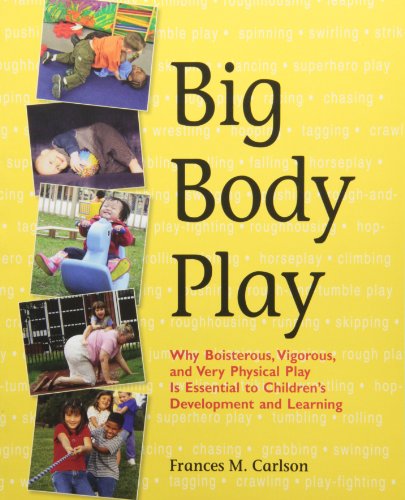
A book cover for Big Body Play; Frances M. Carlson; Health, Fitness & Dieting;